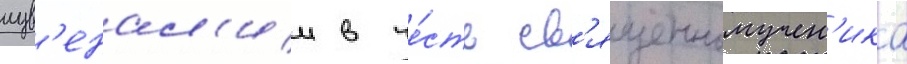
иув'енал'ии в че́сть св'ященномучен'ика